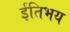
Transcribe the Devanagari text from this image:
ईतिभय